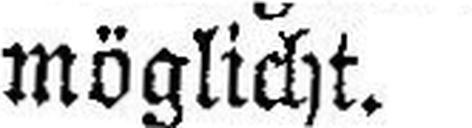
F. V.